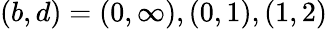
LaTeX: (b,d)=(0,\infty),(0,1),(1,2)